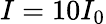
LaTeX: I=10I_{0}